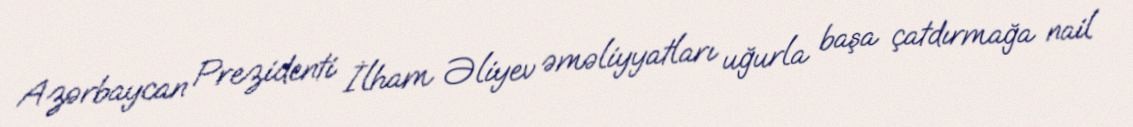
Azərbaycan Prezidenti İlham Əliyev əməliyyatları uğurla başa çatdırmağa nail